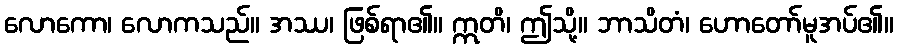
လောကော၊ လောကသည်။ အဿ၊ ဖြစ်ရာ၏။ ဣတိ၊ ဤသို့။ ဘာသိတံ၊ ဟောတော်မူအပ်၏။